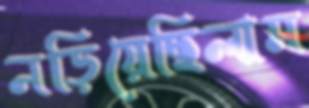
নড়িয়েছিলাম